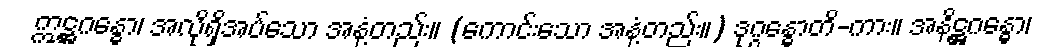
ဣဋ္ဌဂန္ဓော၊ အလိုရှိအပ်သော အနံ့တည်း။ (ကောင်းသော အနံ့တည်း။) ဒုဂ္ဂန္ဓောတိ-ကား။ အနိဋ္ဌဂန္ဓော၊